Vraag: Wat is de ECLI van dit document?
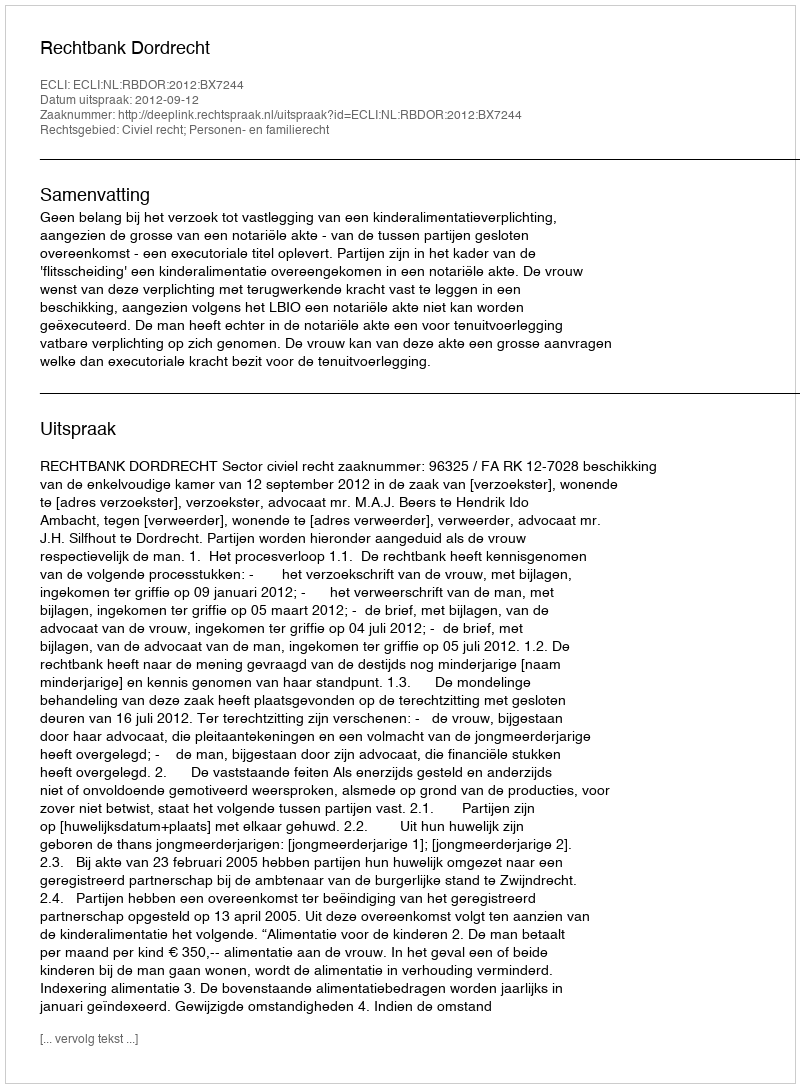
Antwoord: ECLI:NL:RBDOR:2012:BX7244